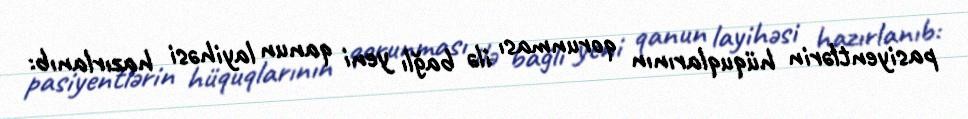
pasiyentlərin hüquqlarının qorunması ilə bağlı yeni qanun layihəsi hazırlanıb: